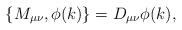
\begin{align*}\left\{ M_{\mu \nu },\phi (k)\right\} =D_{\mu \nu }\phi (k), \end{align*}